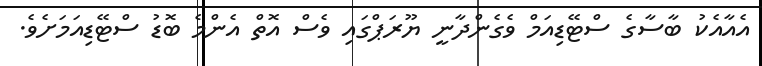
އެއާއެކު ބާސާގެ ސްޓޭޑިއަމް ވެގެންދާނީ ޔޫރަޕްގައި ވެސް އޮތް އެންމެ ބޮޑު ސްޓޭޑިއަމަށެވެ.